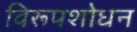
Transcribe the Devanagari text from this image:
विरूपशोधन